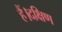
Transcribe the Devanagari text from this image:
हैं।दक्षिण